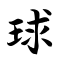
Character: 球